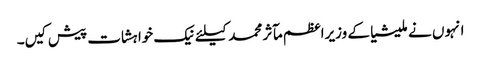
انہوں نے ملیشیا کے وزیراعظم مآثر محمد کیلئے نیک خواہشات پیش کیں۔